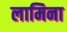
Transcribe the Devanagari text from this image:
लामिना